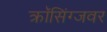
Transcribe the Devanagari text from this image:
क्राॅसिंग्जवर